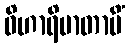
ဝိဟာရိမာတာပိံ